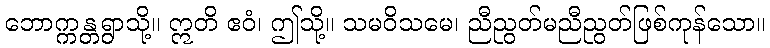
ဘောက္ကန္တရွာသို့။ ဣတိ ဧဝံ၊ ဤသို့။ သမဝိသမေ၊ ညီညွတ်မညီညွတ်ဖြစ်ကုန်သော။